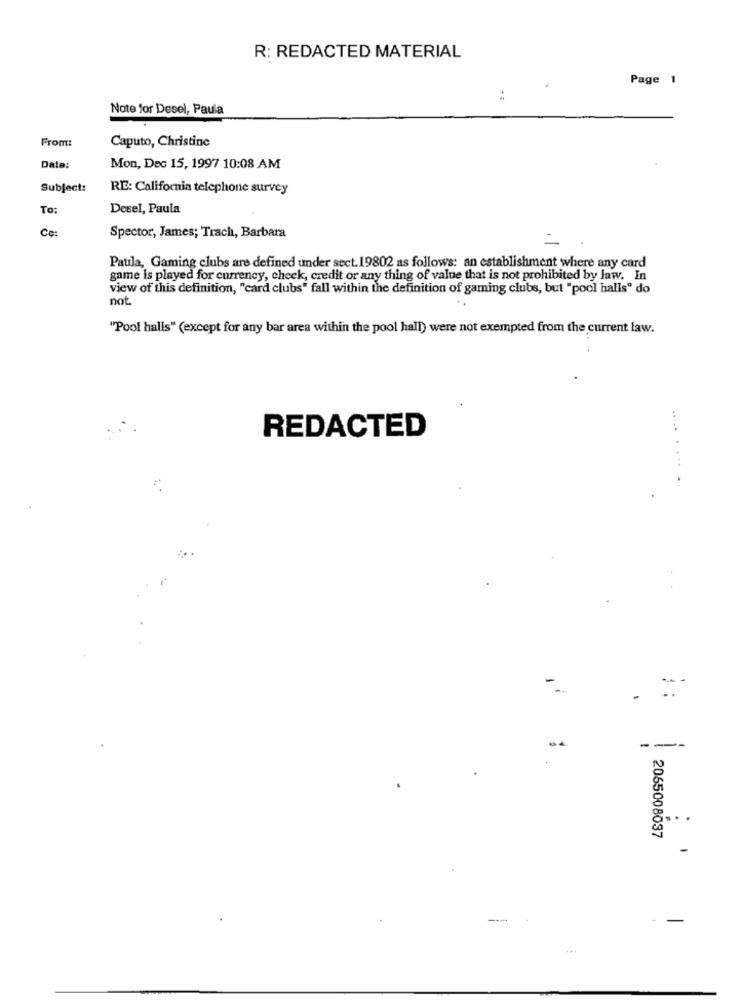
R: REDACTED MATERIAL
Page 1
:
Note for Desel, Paula
From:
Caputo, Christine
Date:
Mon, Dec 15, 1997 10:08 AM
Subject:
RE: California telephone survey
To:
Desel, Paula
Ce:
Spector, James; Trach, Barbara
=
Paula, Gaming clubs are defined under sect.19802 as follows: an establishment where any card
game is played for currency, check, credit or any thing of value that is not prohibited by law. In
view of this definition, "card clubs" fall within the definition of gaming clubs, but "pool halls" do
not
"Pool halls" (except for any bar area within the pool hall) were not exempted from the current law.
REDACTED
..... . ...
-
-
--
---
2065008037